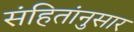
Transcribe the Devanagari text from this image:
संहितांनुसार